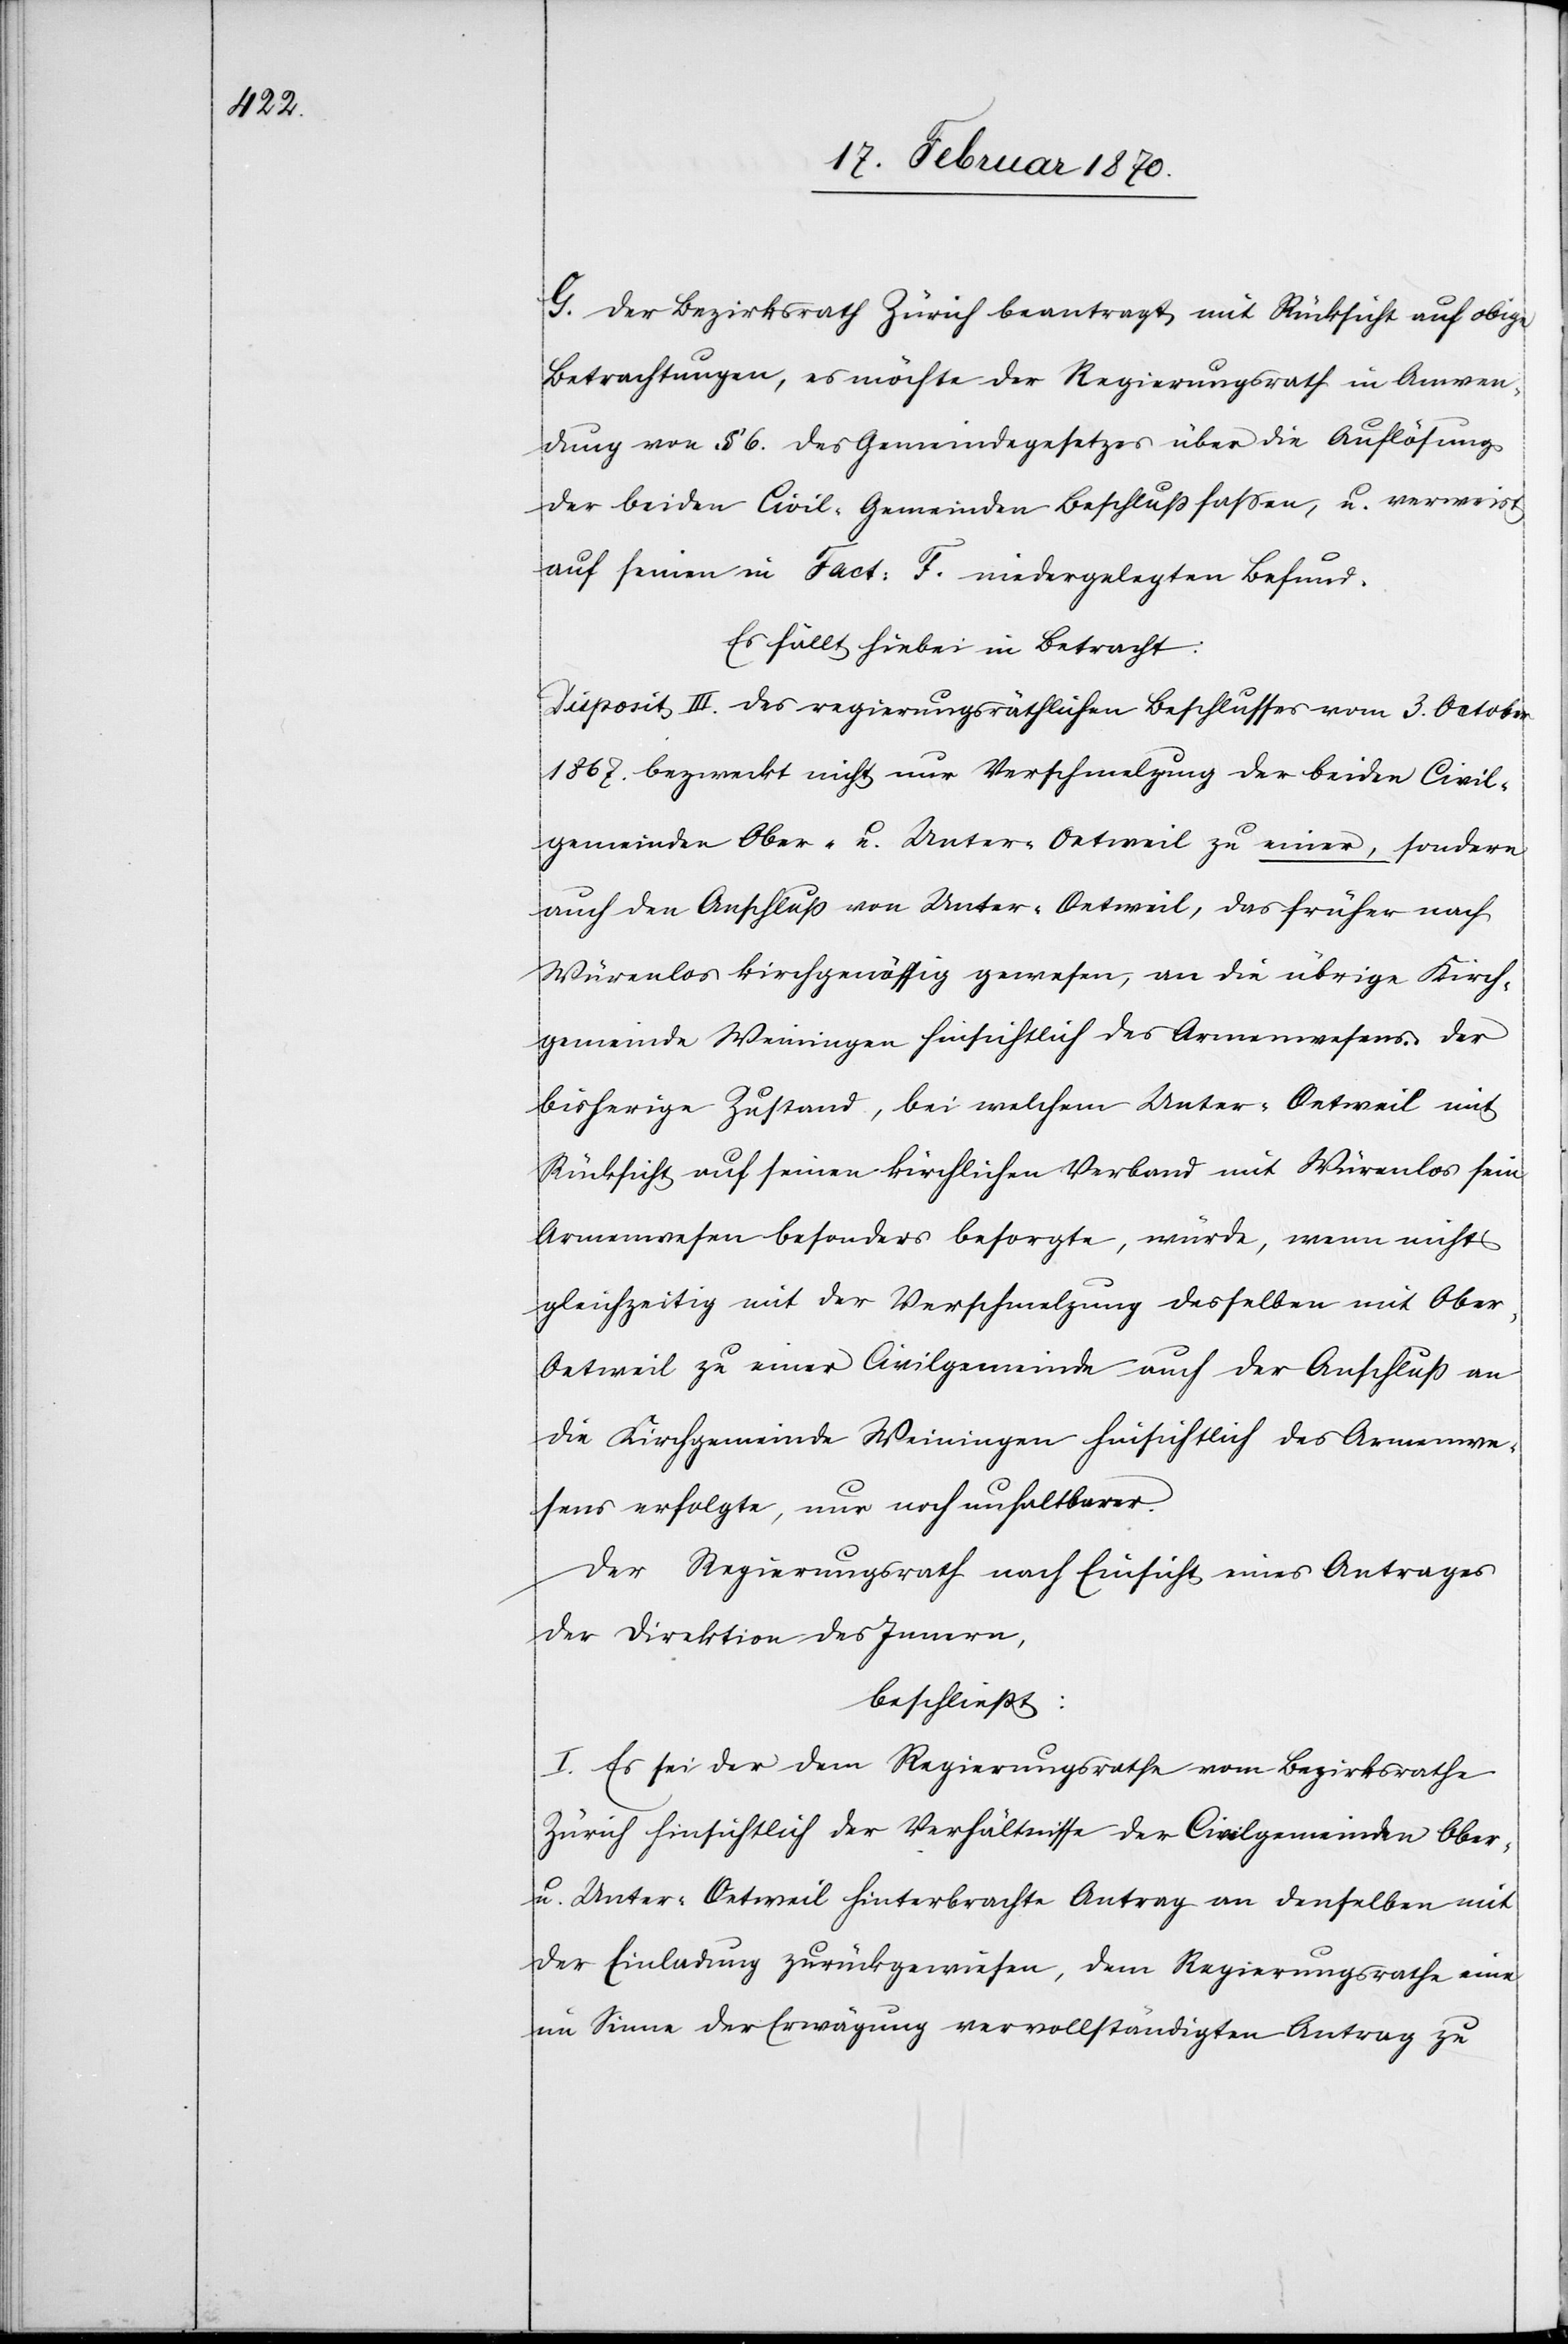
G. Der Bezirksrath Zürich beantragt mit Rücksicht auf obige
Betrachtungen, es möchte der Regierungsrath in Anwen¬
dung von § 6. des Gemeindegesetzes über die Auflösung
der beiden Civil-Gemeinden Beschluss fassen, u. verweist
auf seinen in Fact: F. wiedergelegten Befund.
Es fällt hiebei in Betracht:
Disposit III. des regierungsräthlichen Beschlusses vom 3. October
1867. bezweckt nicht nur Verschmelzung der beiden Civil¬
gemeinden Ober-u. Unter-Oetweil zu einer, sondern
auch den Anschluss von Unter-Oetweil, das früher nach
Würenlos kirchgenössig gewesen, an die übrige Kirch¬
gemeinde Weiningen hinsichtlich des Armenwesens. Der
bisherige Zustand, bei welchem Unter-Oetweil mit
Rücksicht auf seinen kirchlichen Verband mit Würenlos sein
Armenwesen besonders besorgte, würde, wenn nicht
gleichzeitig mit der Verschmelzung desselben mit Obe¬
r-Oetweil zu einer Civilgemeinde auch der Anschluss an
die Kirchgemeinde Weiningen hinsichtlich des Armenwe¬
sens erfolgte, nur noch unhaltbarer.
Der Regierungsrath nach Einsicht eines Antrages
der Direktion des Innern,
beschliesst:
I. Es sei der dem Regierungsrathe vom Bezirksrathe
Zürich hinsichtlich der Verhältnisse der Civilgemeinden Ober-
u. Unter-Oetweil hinterbrachte Antrag an denselben mit
der Einladung zurückgewiesen, dem Regierungsrathe eine[n]
im Sinne der Erwägung vervollständigten Antrag zu